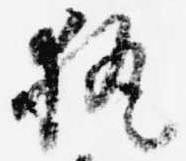
執